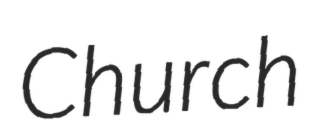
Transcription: Church